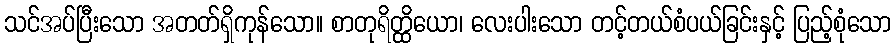
သင်အပ်ပြီးသော အတတ်ရှိကုန်သော။ စာတုရိတ္ထိယော၊ လေးပါးသော တင့်တယ်စံပယ်ခြင်းနှင့် ပြည့်စုံသော